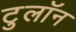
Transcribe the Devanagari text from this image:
टुलॉन